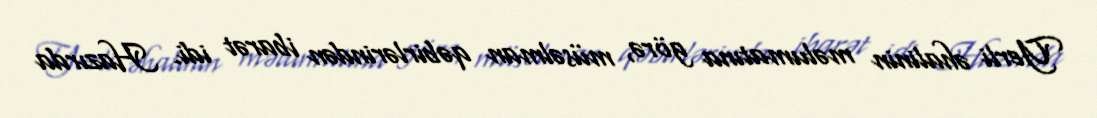
Yerli əhalinin məlumatına görə, müsəlman qəbirlərindən ibarət idi. Hazırda